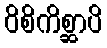
ဝိစိကိစ္ဆာပိ